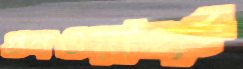
গুনওয়ার্ফ